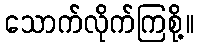
သောက်လိုက်ကြစို့။